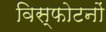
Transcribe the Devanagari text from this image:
विस्फोटनों